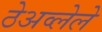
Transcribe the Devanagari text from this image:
ठेअव्लेले